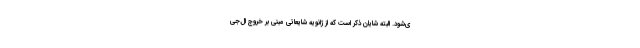
ی‌شود. البته شایان ذکر است که از ژانویه شایعاتی مبنی بر خروج ال‌جی